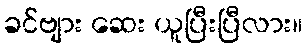
ခင်ဗျား ဆေး ယူပြီးပြီလား။